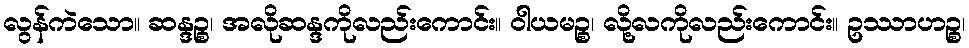
လွန်ကဲသော။ ဆန္ဒဉ္စ၊ အလိုဆန္ဒကိုလည်းကောင်း။ ဝါယမဉ္စ၊ လို့လကိုလည်းကောင်း။ ဥဿာဟဉ္စ၊